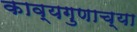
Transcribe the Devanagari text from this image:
काव्यगुणाच्या